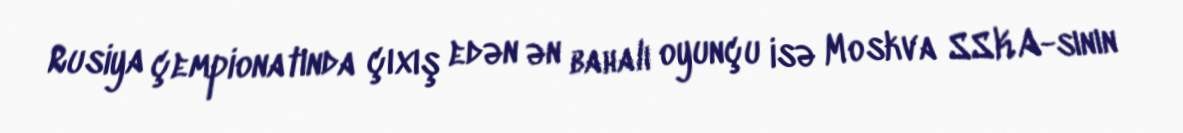
Rusiya çempionatında çıxış edən ən bahalı oyunçu isə Moskva SSKA-sının